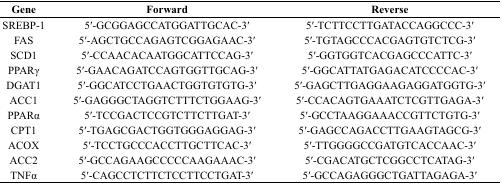
| Gene | Forward | Reverse |
 | --- | --- | --- |
 | SREBP-1 | 5′-GCGGAGCCATGGATTGCAC-3′ | 5′-TCTTCCTTGATACCAGGCCC-3′ |
 | FAS | 5′-AGCTGCCAGAGTCGGAGAAC-3′ | 5′-TGTAGCCCACGAGTGTCTCG-3′ |
 | SCD1 | 5′-CCAACACAATGGCATTCCAG-3′ | 5′-GGTGGTCACGAGCCCATTC-3′ |
 | PPARγ | 5′-GAACAGATCCAGTGGTTGCAG-3′ | 5′-GGCATTATGAGACATCCCCAC-3′ |
 | DGAT1 | 5′-GGCATCCTGAACTGGTGTGTG-3′ | 5′-GAGCTTGAGGAAGAGGATGGTG-3′ |
 | ACC1 | 5′-GAGGGCTAGGTCTTTCTGGAAG-3′ | 5′-CCACAGTGAAATCTCGTTGAGA-3′ |
 | PPARα | 5′-TCCGACTCCGTCTTCTTGAT-3′ | 5′-GCCTAAGGAAACCGTTCTGTG-3′ |
 | CPT1 | 5′-TGAGCGACTGGTGGGAGGAG-3′ | 5′-GAGCCAGACCTTGAAGTAGCG-3′ |
 | ACOX | 5′-TCCTGCCCACCTTGCTTCAC-3′ | 5′-TTGGGGCCGATGTCACCAAC-3′ |
 | ACC2 | 5′-GCCAGAAGCCCCCAAGAAAC-3′ | 5′-CGACATGCTCGGCCTCATAG-3′ |
 | TNFα | 5′-CAGCCTCTTCTCCTTCCTGAT-3′ | 5′-GCCAGAGGGCTGATTAGAGA-3′ |